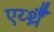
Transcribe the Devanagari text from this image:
एर्य्थ्रैँ